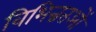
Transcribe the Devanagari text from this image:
विभिन्नतओं